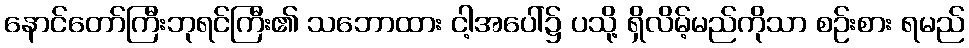
နောင်တော်ကြီးဘုရင်ကြီး၏ သဘောထား ငါ့အပေါ်၌ ပသို့ ရှိလိမ့်မည်ကိုသာ စဉ်းစား ရမည်